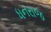
ધનરાજ